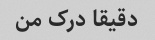
دقیقا درک من